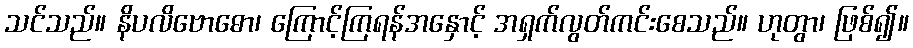
သင်သည်။ နိပလိဗောဓော၊ ကြောင့်ကြရန်အနှောင့် အရှက်လွတ်ကင်းစေသည်။ ဟုတွာ၊ ဖြစ်၍။